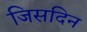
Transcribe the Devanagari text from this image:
जिसदिन